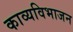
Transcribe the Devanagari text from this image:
काव्यविभाजन